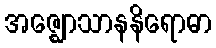
အဇ္ဈောသာနနိရောဓာ